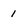
Character: 1